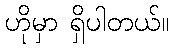
ဟိုမှာ ရှိပါတယ်။